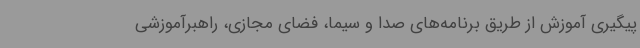
پیگیری آموزش از طریق برنامه‌های صدا و سیما، فضای مجازی، راهبرآموزشی